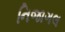
નિજાગલ